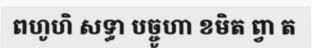
ពហូហិ សទ្ធា បច្ចូហា ខមិត ព្វា ត